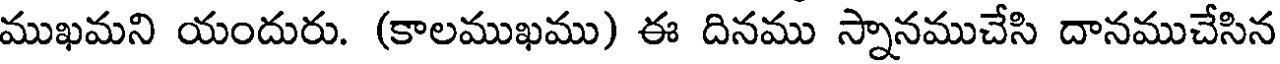
ముఖమని యందురు. (కాలముఖము) ఈ దినము స్నానముచేసి దానముచేసిన